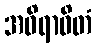
အဝိရာဓိတံ